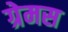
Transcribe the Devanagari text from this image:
ग्रेमस